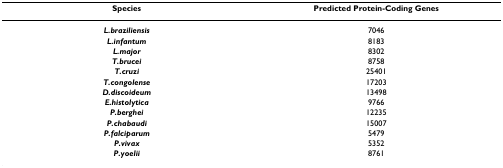
<table><thead><tr><td><b>Species</b></td><td><b>Predicted Protein-Coding Genes</b></td></tr></thead><tbody><tr><td><b><i>L.braziliensis</i></b></td><td>7046</td></tr><tr><td><b><i>L.infantum</i></b></td><td>8183</td></tr><tr><td><b><i>L.major</i></b></td><td>8302</td></tr><tr><td><b><i>T.brucei</i></b></td><td>8758</td></tr><tr><td><b><i>T.cruzi</i></b></td><td>25401</td></tr><tr><td><b><i>T.congolense</i></b></td><td>17203</td></tr><tr><td><b><i>D.discoideum</i></b></td><td>13498</td></tr><tr><td><b><i>E.histolytica</i></b></td><td>9766</td></tr><tr><td><b><i>P.berghei</i></b></td><td>12235</td></tr><tr><td><b><i>P.chabaudi</i></b></td><td>15007</td></tr><tr><td><b><i>P.falciparum</i></b></td><td>5479</td></tr><tr><td><b><i>P.vivax</i></b></td><td>5352</td></tr><tr><td><b><i>P.yoelii</i></b></td><td>8761</td></tr></tbody></table>